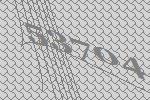
53704